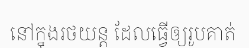
នៅក្នុងរថយន្ត ដែលធ្វើឲ្យរូបគាត់